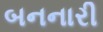
બનનારી